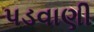
પડવાણી